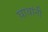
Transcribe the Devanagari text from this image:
घावांनी